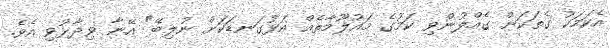
އެކަމަކު ގެތަކަށް ގެއްލުންވި ކަމުގެ މައުލޫމާތެއް އަޅުގަނޑަކަށް ނުލިބޭ" އޭނާ ވިދާޅުވި އެވެ.